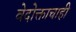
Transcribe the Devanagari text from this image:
वेदोक्ताचाही